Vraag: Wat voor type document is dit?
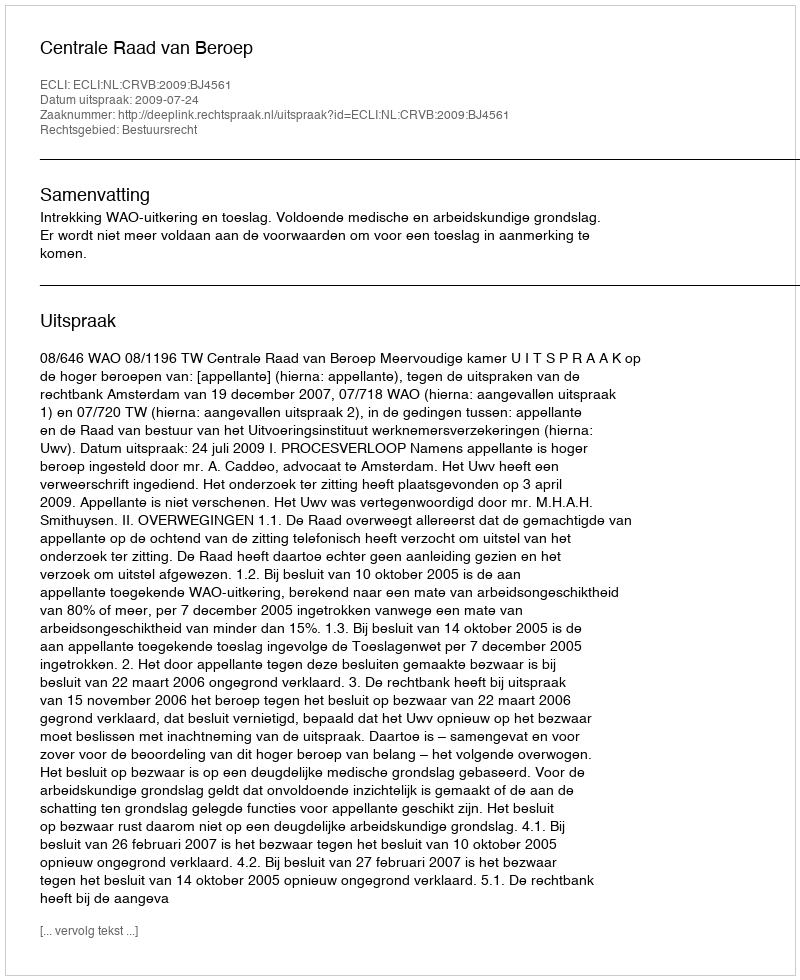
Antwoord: Uitspraak